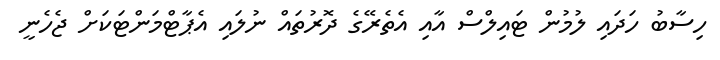
ހިސާބު ހަދައި ލުމުން ޓައިލްސް އާއި އެތެރޭގެ ދޮރުތައް ނުލައި އެޕާޓްމަންޓަކަށް ޖެހެނީ